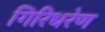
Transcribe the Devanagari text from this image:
गिरिधरेण